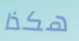
هكذا